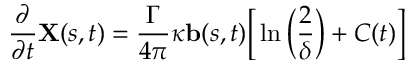
\frac { \partial } { \partial t } \mathbf { X } ( s , t ) = \frac { \Gamma } { 4 \pi } \kappa \mathbf { b } ( s , t ) \bigg [ \ln \bigg ( \frac { 2 } { \delta } \bigg ) + C ( t ) \bigg ]